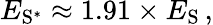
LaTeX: E_{\mathrm{S}^{*}}\approx 1.91\times E_{\mathrm{S}}\, ,